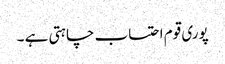
پوری قوم احتساب چاہتی ہے ۔